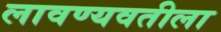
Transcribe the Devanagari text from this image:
लावण्यवतीला